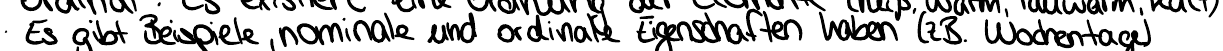
Es gibt Beispiele, nominale und ordinale Eigenschaften haben (z.B. Wochentage)